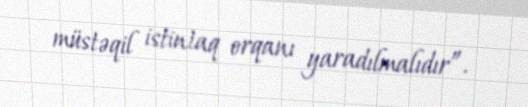
müstəqil istintaq orqanı yaradılmalıdır”.